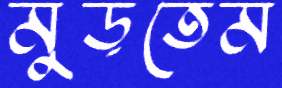
মুড়তেম